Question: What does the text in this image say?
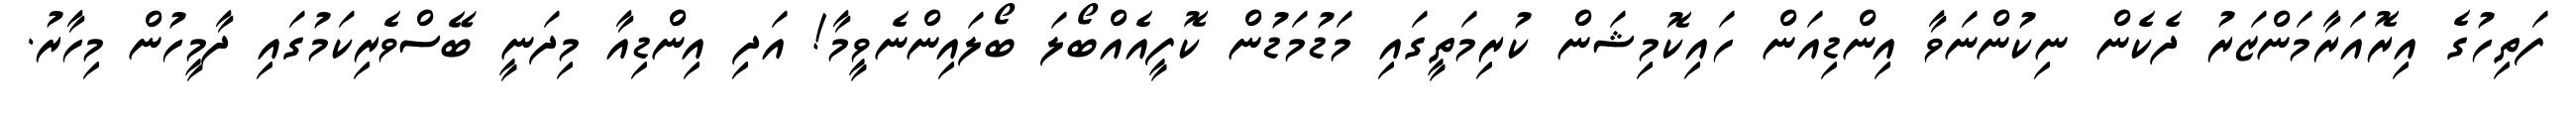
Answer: ފަތިހުގެ އިރޮއަރާމަންޒަރު ދެކެން ނިކުންނަވާ އިންޑިއަން ހައިކޮމިޝަން ކުރިމަތީގައި މަޑުމަޑުން ކޮފީއެއްބޯލަ ބޯލައިންނެވީމާ! އަދި އިންޑިއާ މިދަނީ ބޭސްވެރިކަމުގައި ދާމީހުން މިހާރު.